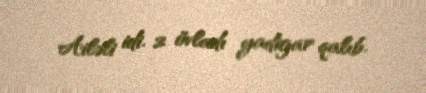
Ailəli idi. 2 övladı yadigar qalıb.